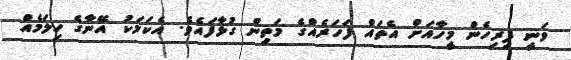
ވަނީ ފިރިހެން މީހާއަށް އެތައް ފަހަރެއްގެ މަތިން ގުޅާފައެވެ. އެކަމަކު އޭނާގެ ހިލަމެއް